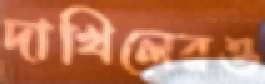
দাখিলেরও